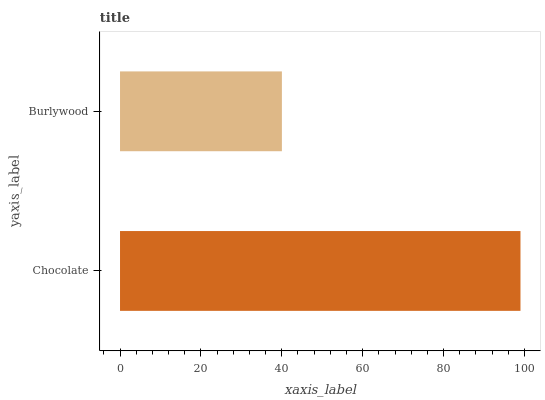
| yaxis_label | bars |
 | --- | --- |
 | Chocolate | 99 |
 | Burlywood | 40 |